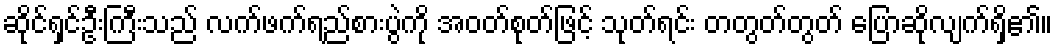
ဆိုင်ရှင်ဦးကြီးသည် လက်ဖက်ရည်စားပွဲကို အဝတ်စုတ်ဖြင့် သုတ်ရင်း တတွတ်တွတ် ပြောဆိုလျက်ရှိ၏။